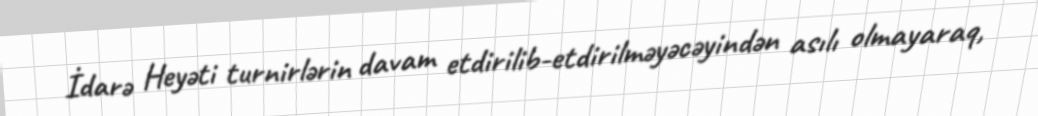
İdarə Heyəti turnirlərin davam etdirilib-etdirilməyəcəyindən asılı olmayaraq,